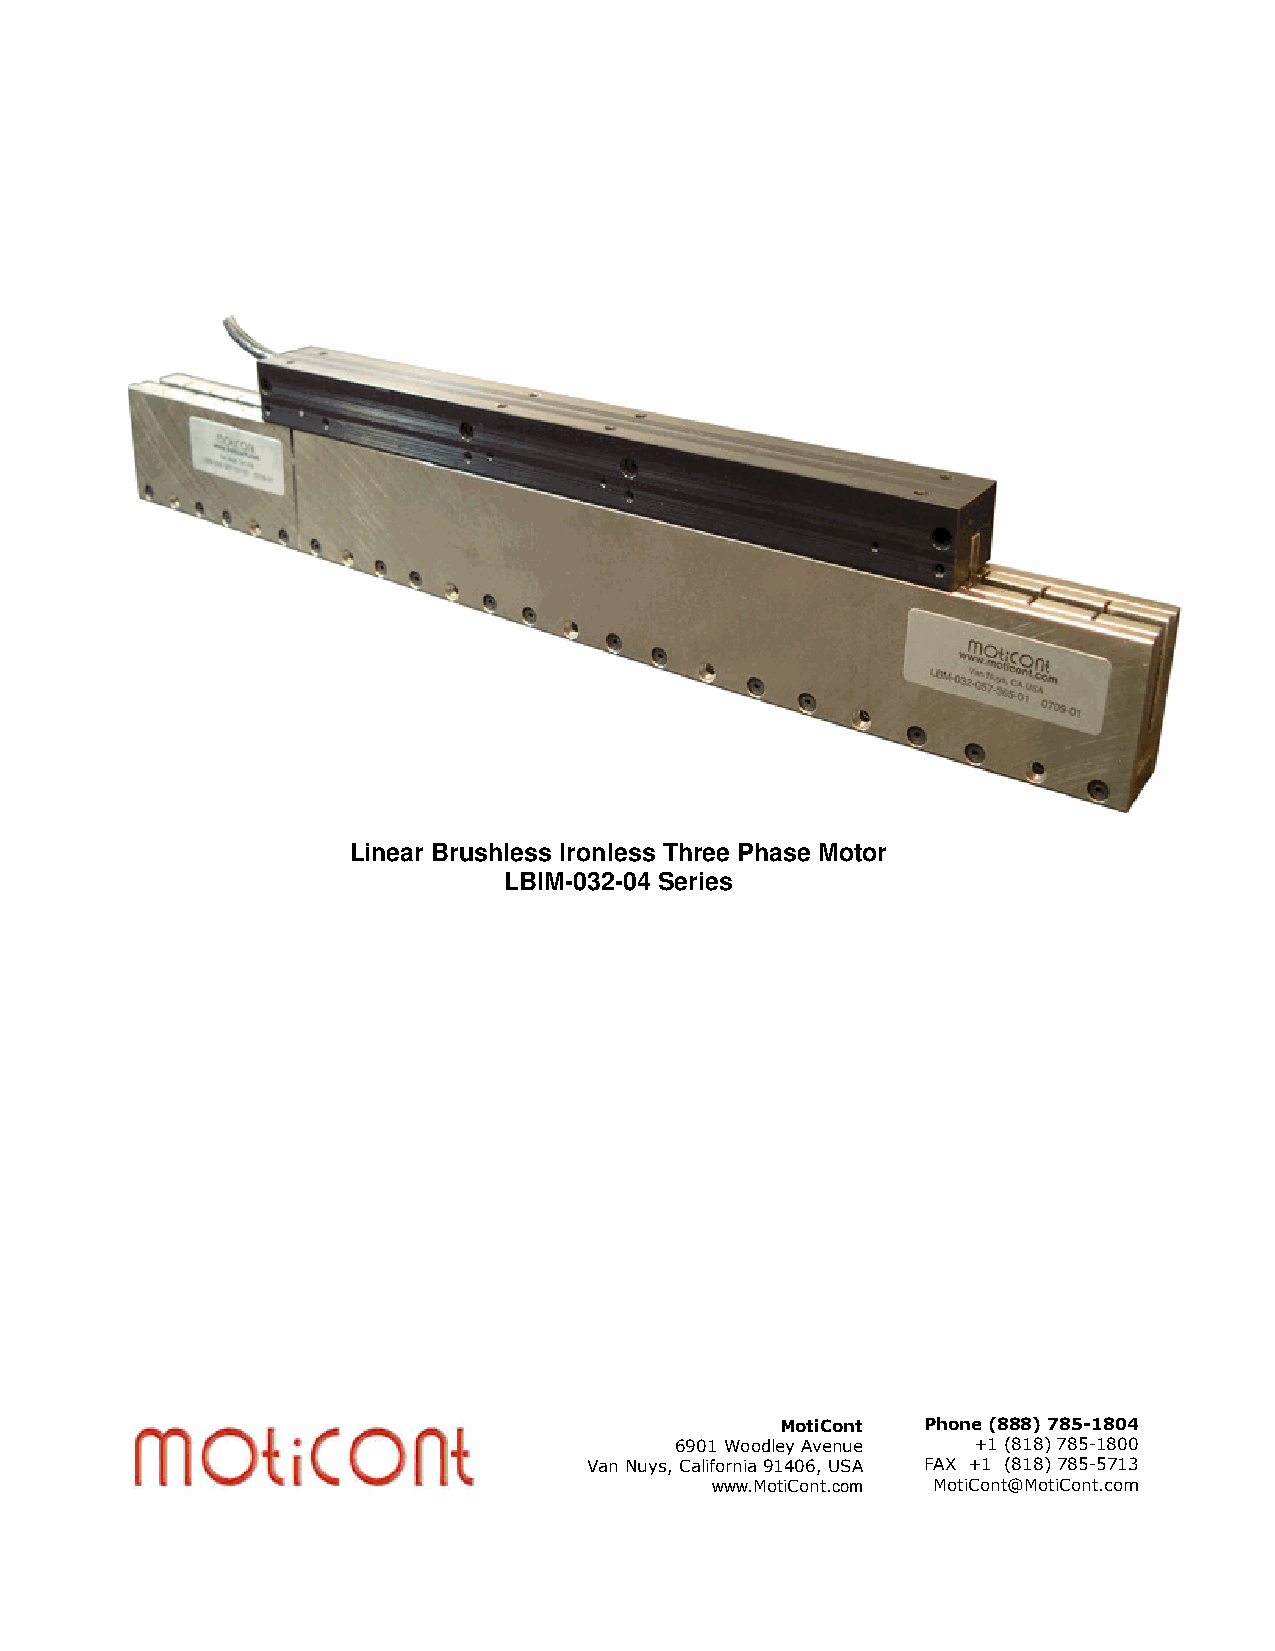
Linear Brushless Ironless Three Phase Motor
 LBIM-032-04 Series
 MotiCont Phone (888) 785-1804
 6901 Woodley Avenue +1 (818) 785-1800
 Van Nuys, California 91406, USA FAX +1 (818) 785-5713
 www.MotiCont.com MotiCont@MotiCont.com